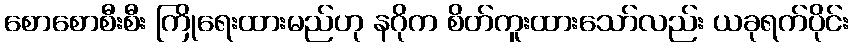
စောစောစီးစီး ကြိုရေးထားမည်ဟု နဂိုက စိတ်ကူးထားသော်လည်း ယခုရက်ပိုင်း